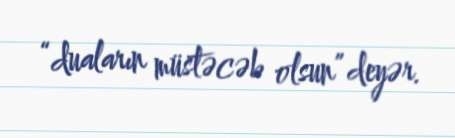
“duaların müstəcəb olsun” deyər.